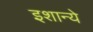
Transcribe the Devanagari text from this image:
इशान्ये